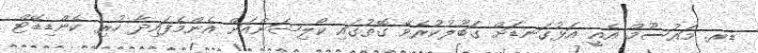
ޑރ. މައުސޫމް އެއީ އަޅުގަނޑަށް ގަބޫލުކުރެވޭ ގޮތުގައި ކޯލިޝަންއަށް އެންމެފައިދާ ހުރި ކެންޑިޑޭޓް